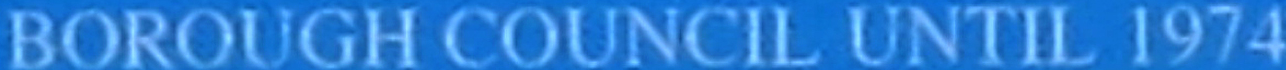
BOROUGH COUNCIL UNTIL 1974